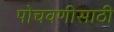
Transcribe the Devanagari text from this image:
पोचवणीसाठी